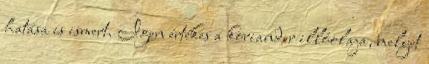
hatása is ismert. Igen értékes a koriander illóolaja, melyet